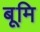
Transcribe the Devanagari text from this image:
बूमि